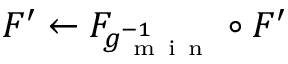
F ^ { \prime } \gets F _ { g _ { \mathrm { ~ m ~ i ~ n ~ } } ^ { - 1 } } \circ F ^ { \prime }